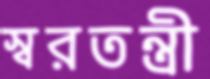
স্বরতন্ত্রী